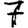
Digit: 7